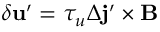
\delta { \bf { u } } ^ { \prime } = \tau _ { u } \Delta { \bf { j } } ^ { \prime } \times { \bf { B } }